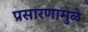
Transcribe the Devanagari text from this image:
प्रसारणामुळे